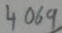
Text: 4069